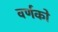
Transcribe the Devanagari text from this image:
वर्णको